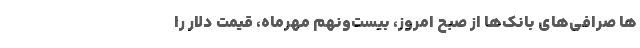
ها صرافی‌های بانک‌ها از صبح امروز، بیست‌ونهم مهرماه، قیمت دلار را